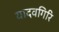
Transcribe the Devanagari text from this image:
यादवगिरि